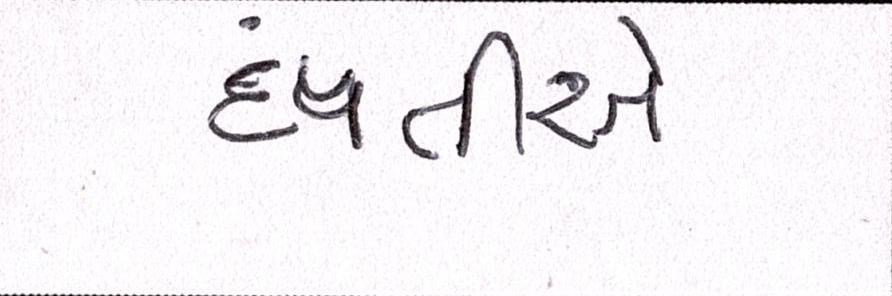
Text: દંપતીએ